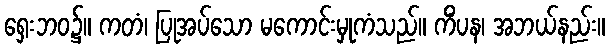
ရှေးဘဝ၌။ ကတံ၊ ပြုအပ်သော မကောင်းမှုကံသည်။ ကိံပန၊ အဘယ်နည်း။